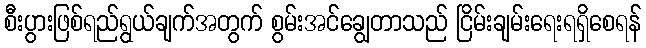
စီးပွားဖြစ်ရည်ရွယ်ချက်အတွက် စွမ်းအင်ချွေတာသည် ငြိမ်းချမ်းရေးရရှိစေရန်